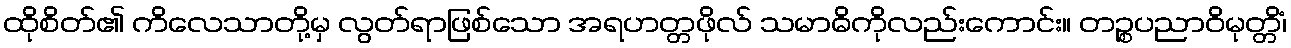
ထိုစိတ်၏ ကိလေသာတို့မှ လွတ်ရာဖြစ်သော အရဟတ္တဖိုလ် သမာဓိကိုလည်းကောင်း။ တဉ္စပညာဝိမုတ္တိံ၊